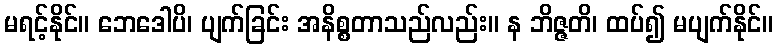
မရင့်နိုင်။ ဘေဒေါပိ၊ ပျက်ခြင်း အနိစ္စတာသည်လည်း။ န ဘိဇ္ဇတိ၊ ထပ်၍ မပျက်နိုင်။